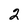
Character: 2